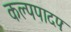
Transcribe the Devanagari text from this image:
कल्पपादपः